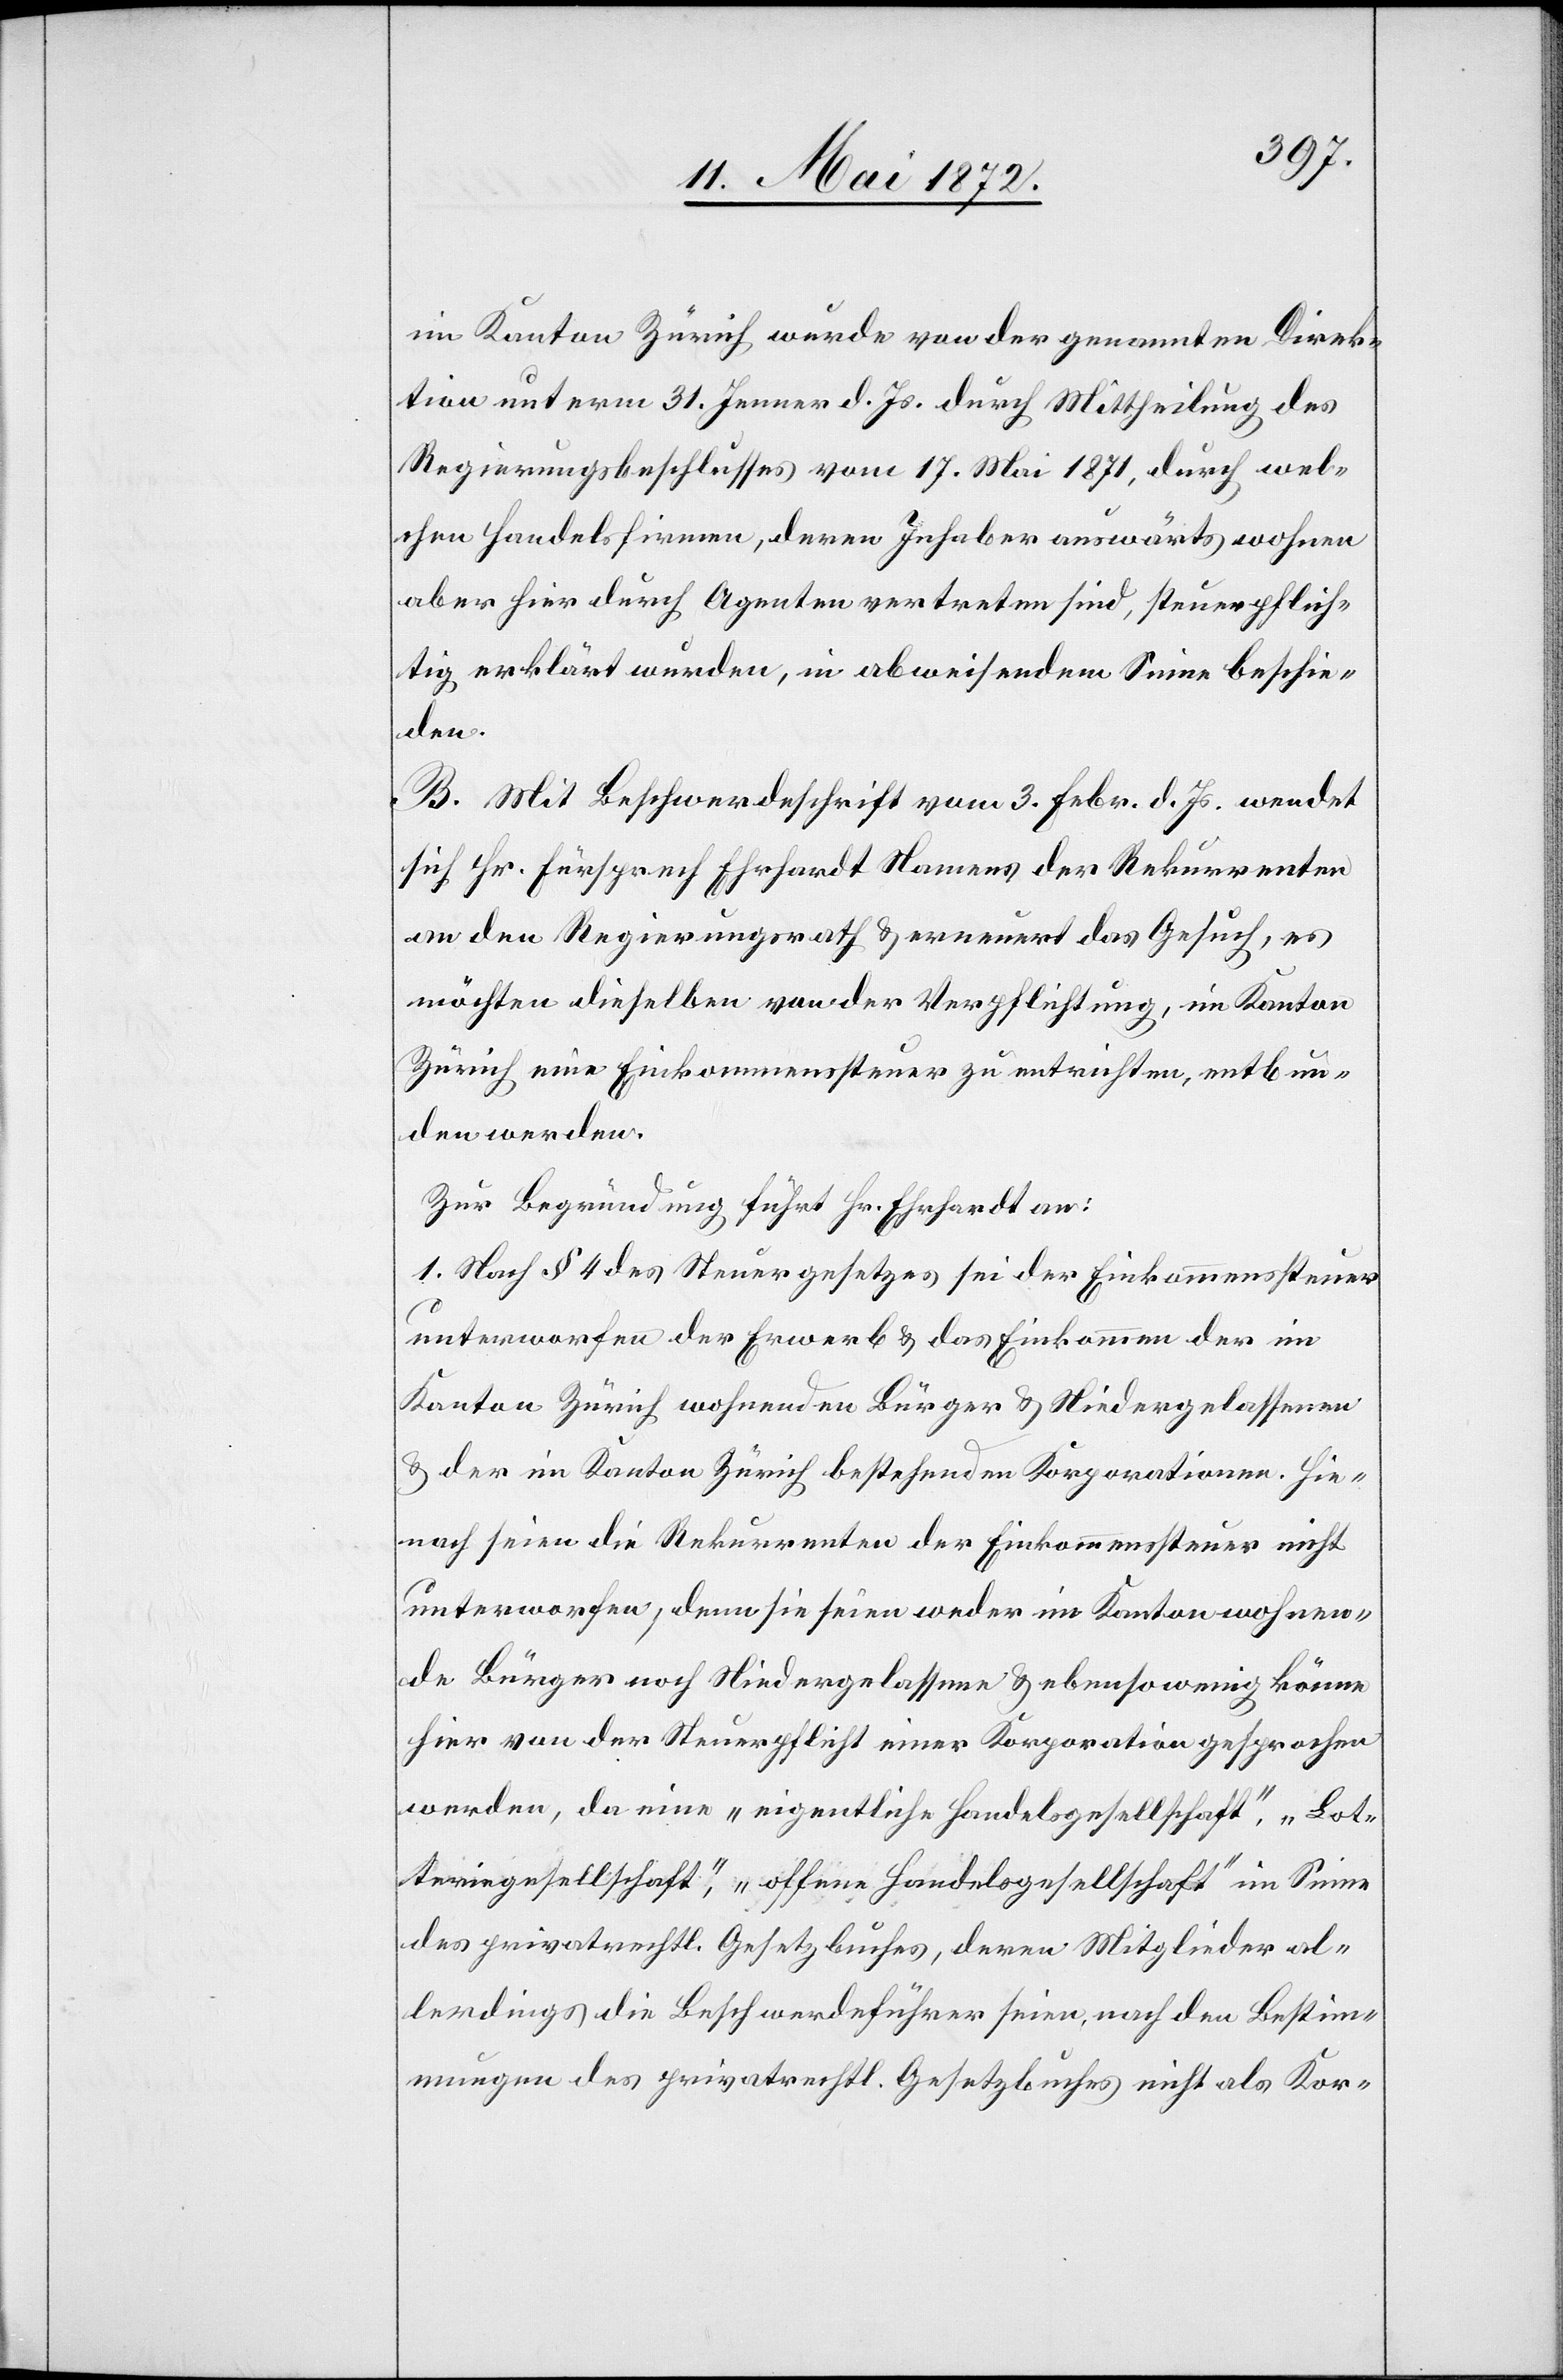
im Kanton Zürich wurde von der genannten Direk¬
tion unterm 31. Jenner d. Js. durch Mittheilung des
Regierungsbeschlusses vom 17. Mai 1871, durch wel¬
chen Handelsfirmen, deren Inhaber auswärts wohnen
aber hier durch Agenten vertreten sind, steuerpflich¬
tig erklärt wurden, in abweisendem Sinne beschie¬
den.
B. Mit Beschwerdeschrift vom 3. Febr. d. Js. wendet
sich Hr. Fürsprech Ehrhardt Namens der Rekurrenten
an den Regierungsrath u. erneuert das Gesuch, es
möchten dieselben von der Verpflichtung, im Kanton
Zürich eine Einkommenssteuer zu entrichten, entbun¬
den werden.
Zur Begründung führt Hr. Ehrhardt an:
1. Nach § 4 des Steuergesetzes sei der Einkommenssteuer
unterworfen der Erwerb u. das Einkommen der im
Kanton Zürich wohnenden Bürger u. Niedergelassenen
u. der im Kanton Zürich bestehenden Korporationen. Hie¬
nach seien die Rekurrenten der Einkommenssteuer nicht
unterworfen, denn sie seien weder im Kanton wohnen¬
de Bürger noch Niedergelassene u. ebensowenig könne
hier von der Steuerpflicht einer Korporation gesprochen
werden, da eine „eigentliche Handelsgesellschaft“, „Lot¬
teriegesellschaft“, „offene Handelsgesellschaft“ im Sinne
des privatrechtl. Gesetzbuches, deren Mitglieder al¬
lerdings die Beschwerdeführer seien, nach den Bestim¬
mungen des privatrechtl. Gesetzbuches nicht als Kor-